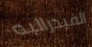
الفيدراليه